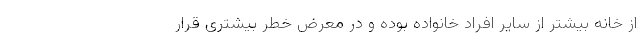
از خانه بیشتر از سایر افراد خانواده بوده و در معرض خطر بیشتری قرار